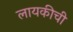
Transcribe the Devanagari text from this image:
लायकीची